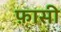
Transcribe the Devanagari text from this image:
फ़ासी